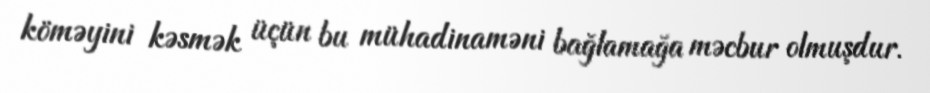
köməyini kəsmək üçün bu mühadinaməni bağlamağa məcbur olmuşdur.